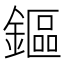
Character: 鏂